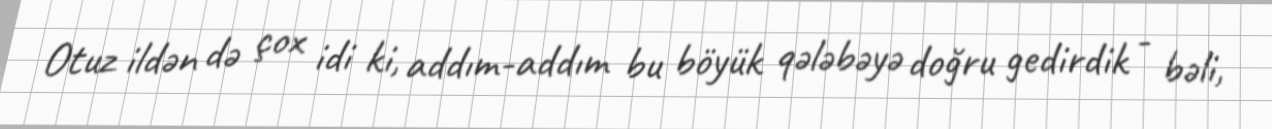
Otuz ildən də çox idi ki, addım-addım bu böyük qələbəyə doğru gedirdik - bəli,